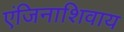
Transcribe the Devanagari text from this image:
एंजिनाशिवाय